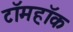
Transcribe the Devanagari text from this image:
टॉमहॉक